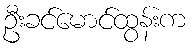
ဦးခင်မောင်ထွန်းက